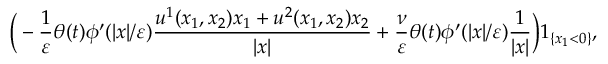
\Big ( - \frac { 1 } { \varepsilon } \theta ( t ) \phi ^ { \prime } ( | x | / \varepsilon ) \frac { u ^ { 1 } ( x _ { 1 } , x _ { 2 } ) x _ { 1 } + u ^ { 2 } ( x _ { 1 } , x _ { 2 } ) x _ { 2 } } { | x | } + \frac { \nu } { \varepsilon } \theta ( t ) \phi ^ { \prime } ( | x | / \varepsilon ) \frac { 1 } { | x | } \Big ) 1 _ { \{ x _ { 1 } < 0 \} } ,